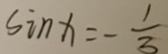
\sin x = - \frac { 1 } { 3 }